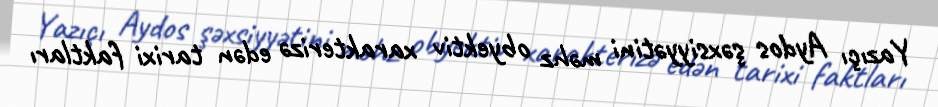
Yazıçı Aydos şəxsiyyətini məhz obyektiv xarakterizə edən tarixi faktları